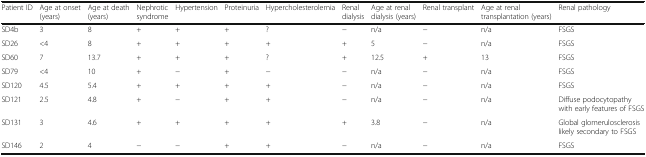
<table><thead><tr><td><b>Patient ID</b></td><td><b>Age at onset (years)</b></td><td><b>Age at death (years)</b></td><td><b>Nephrotic syndrome</b></td><td><b>Hypertension</b></td><td><b>Proteinuria</b></td><td><b>Hypercholesterolemia</b></td><td><b>Renal dialysis</b></td><td><b>Age at renal dialysis (years)</b></td><td><b>Renal transplant</b></td><td><b>Age at renal transplantation (years)</b></td><td><b>Renal pathology</b></td></tr></thead><tbody><tr><td>SD4b</td><td>3</td><td>8</td><td>+</td><td>+</td><td>+</td><td>?</td><td>−</td><td>n/a</td><td>−</td><td>n/a</td><td>FSGS</td></tr><tr><td>SD26</td><td>&lt;4</td><td>8</td><td>+</td><td>+</td><td>+</td><td>+</td><td>+</td><td>5</td><td>−</td><td>n/a</td><td>FSGS</td></tr><tr><td>SD60</td><td>7</td><td>13.7</td><td>+</td><td>+</td><td>+</td><td>?</td><td>+</td><td>12.5</td><td>+</td><td>13</td><td>FSGS</td></tr><tr><td>SD79</td><td>&lt;4</td><td>10</td><td>+</td><td>−</td><td>+</td><td>−</td><td>−</td><td>n/a</td><td>−</td><td>n/a</td><td>FSGS</td></tr><tr><td>SD120</td><td>4.5</td><td>5.4</td><td>+</td><td>+</td><td>+</td><td>+</td><td>−</td><td>n/a</td><td>−</td><td>n/a</td><td>FSGS</td></tr><tr><td>SD121</td><td>2.5</td><td>4.8</td><td>+</td><td>−</td><td>+</td><td>+</td><td>−</td><td>n/a</td><td>−</td><td>n/a</td><td>Diffuse podocytopathy with early features of FSGS</td></tr><tr><td>SD131</td><td>3</td><td>4.6</td><td>+</td><td>+</td><td>+</td><td>+</td><td>+</td><td>3.8</td><td>−</td><td>n/a</td><td>Global glomerulosclerosis likely secondary to FSGS</td></tr><tr><td>SD146</td><td>2</td><td>4</td><td>−</td><td>−</td><td>+</td><td>+</td><td>−</td><td>n/a</td><td>−</td><td>n/a</td><td>FSGS</td></tr></tbody></table>